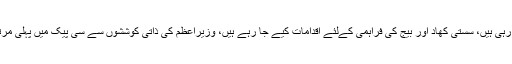
انہوں نے کہا کہ زرعی شعبے کی ترقی کےلئے کاشتکاروں کو مراعات دی جا رہی ہیں، سستی کھاد اور بیج کی فراہمی کےلئے اقدامات کیے جا رہے ہیں، وزیراعظم کی ذاتی کوششوں سے سی پیک میں پہلی مرتبہ زرعی شعبہ شامل کیا گیا ہے، ملکی ترقی کےلئے زرعی انقلاب ناگزیر ہے۔